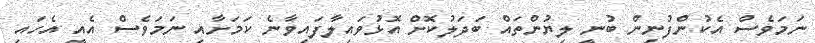
ނަމަވެސް އެކުންފުނިން ބުނީ ލިޔުންތައް ބަދަލުކޮށް އޮޅުވައިލާފައިވާނެެ ކަމަށާއި ނަމަވެސް އެއީ އެހައި